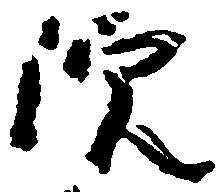
院